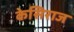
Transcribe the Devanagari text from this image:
केसिराज